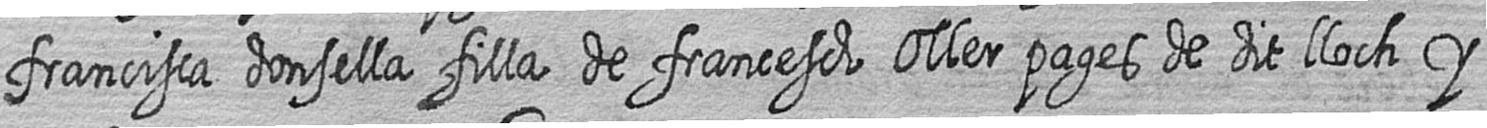
francisca donsella filla de francesch Oller pages de dit lloch y